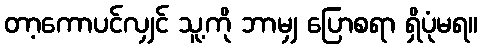
တာ့ကောပင်လျှင် သူ့ကို ဘာမျှ ပြောစရာ ရှိပုံမရ။